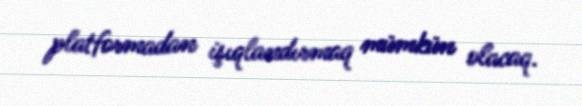
platformadan işıqlandırmaq mümkün olacaq.